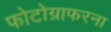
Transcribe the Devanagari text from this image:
फोटोग्राफरना